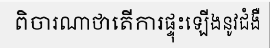
ពិចារណាថាតើការផ្ទុះឡើងនូវជំងឺ